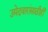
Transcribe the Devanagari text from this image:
उमेदवारांसाठीही